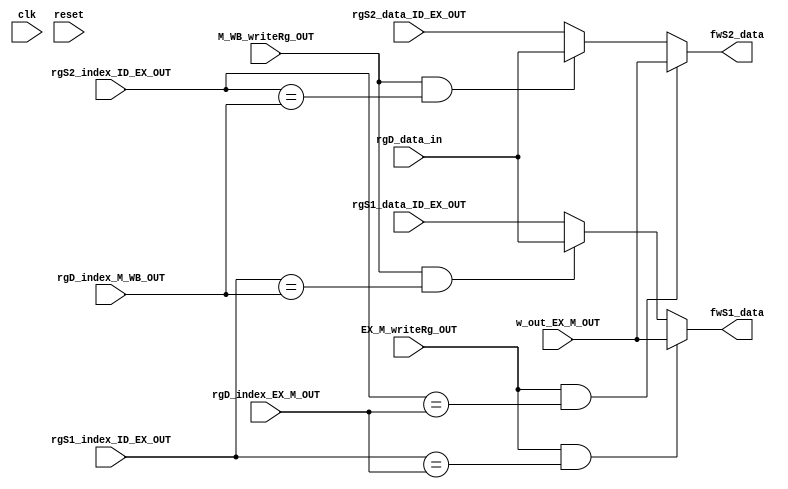
`timescale 1ns / 1ps
//////////////////////////////////////////////////////////////////////////////////
// Company: 
// Engineer: 
// 
// Design Name: 
// Module Name: Forwarding_Unit
// Project Name: 
// Target Devices: 
// Tool Versions: 
// Description: 
// 
// Dependencies: 
// 
// Revision:
// Revision 0.01 - File Created
// Additional Comments:
// 
//////////////////////////////////////////////////////////////////////////////////


module Forwarding_Unit(
    input clk, 
    input reset, 
    input [4:0] rgS1_index_ID_EX_OUT, 
    input [4:0] rgS2_index_ID_EX_OUT, 
    input [4:0] rgD_index_EX_M_OUT, 
    input [4:0] rgD_index_M_WB_OUT, 
    input [31:0] rgS1_data_ID_EX_OUT, 
    input [31:0] rgS2_data_ID_EX_OUT, 
    input [31:0] w_out_EX_M_OUT, 
    input [31:0] rgD_data_in, 
    input EX_M_writeRg_OUT, 
    input M_WB_writeRg_OUT,
    
    output [31:0] fwS1_data, 
    output [31:0] fwS2_data
    );
    
    reg [31:0] fwS1_data_sign;
    reg [31:0] fwS2_data_sign;
    
    always @(*) begin
        //Comparing SRC1 and DST of EX/M
        if ((EX_M_writeRg_OUT==1'b1) && (rgS1_index_ID_EX_OUT==rgD_index_EX_M_OUT))
            fwS1_data_sign = w_out_EX_M_OUT;
        else if ((M_WB_writeRg_OUT==1'b1) && (rgS1_index_ID_EX_OUT==rgD_index_M_WB_OUT))
            fwS1_data_sign = rgD_data_in;            
        else
            fwS1_data_sign = rgS1_data_ID_EX_OUT;
            
        //Comparing SRC2 and DST of EX/M
        if ((EX_M_writeRg_OUT==1'b1) && (rgS2_index_ID_EX_OUT==rgD_index_EX_M_OUT))
            fwS2_data_sign = w_out_EX_M_OUT;
        else if ((M_WB_writeRg_OUT==1'b1) && (rgS2_index_ID_EX_OUT==rgD_index_M_WB_OUT))
                        fwS2_data_sign = rgD_data_in;
        else
            fwS2_data_sign = rgS2_data_ID_EX_OUT;
    end
    
    assign fwS1_data = fwS1_data_sign;
    assign fwS2_data = fwS2_data_sign;
    
endmodule